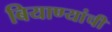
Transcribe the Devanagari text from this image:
बियाण्यांची